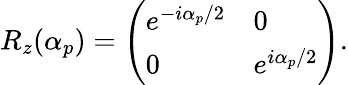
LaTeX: R_{z}(\alpha_{p})=\left(\begin{array}{ll}{e^{-i\alpha_{p}/2}}&{0}\\ {0}&{e^{i\alpha_{p}/2}}\end{array}\right).